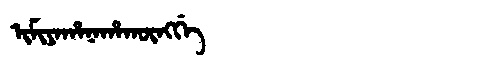
Manchu: ᡳᠮᡳᠶᠠᡥᠠᠨᠠᡥᠠᡴᡡᠩᡤᡝ
Romanization: IMIYAHANAHAKŪNGGE